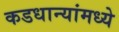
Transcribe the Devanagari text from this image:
कडधान्यांमध्ये